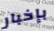
بإخبار